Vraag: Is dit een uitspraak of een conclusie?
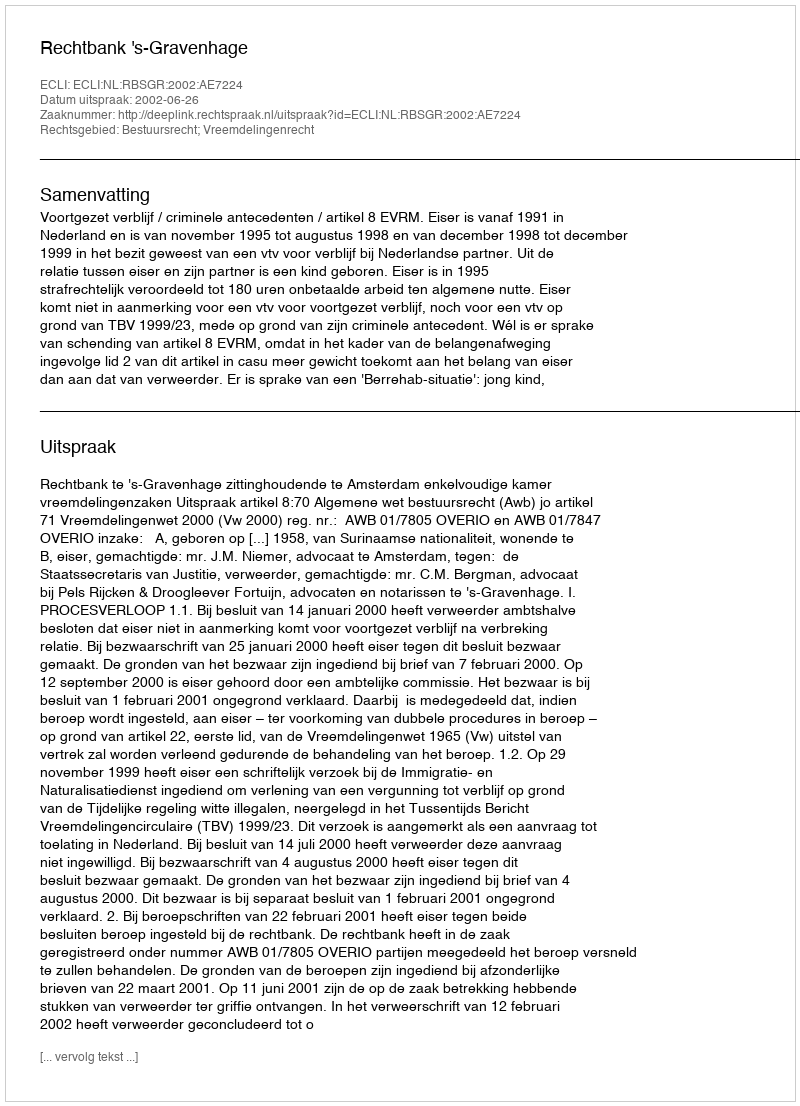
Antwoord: Uitspraak